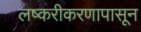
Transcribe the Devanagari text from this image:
लष्करीकरणापासून